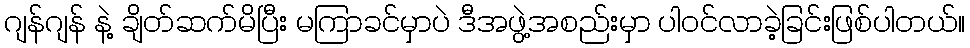
ဂျန်ဂျန် နဲ့ ချိတ်ဆက်မိပြီး မကြာခင်မှာပဲ ဒီအဖွဲ့အစည်းမှာ ပါဝင်လာခဲ့ခြင်းဖြစ်ပါတယ်။